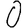
Digit: 0